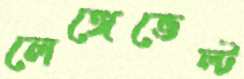
লেঙ্গেভেল্ট